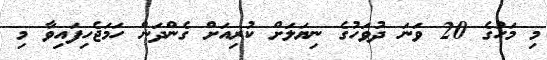
މި މަހުގެ 20 ވަނަ ދުވަހުގެ ނިޔަލަށް ކުރިއަށް ގެންދަން ހަމަޖެހިފައިވާ މި